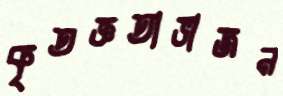
কৃতজ্ঞতাভাজন